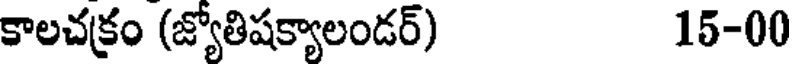
కాలచక్రం (జ్యోతిషక్యాలండర్) 15-00